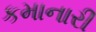
કમાનારી